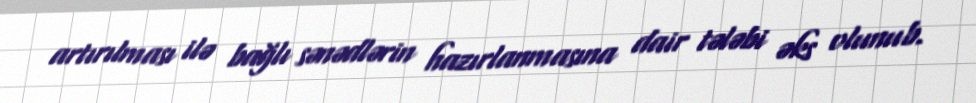
artırılması ilə bağlı sənədlərin hazırlanmasına dair tələbi əks olunub.